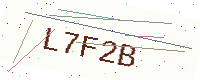
Text: L7F2B